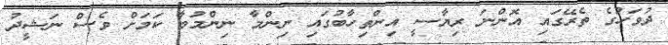
ދުވަހުގެ ތެރޭގައި އޮންނަ ރިޔާސީ އިންތިހާބުގައި ނިންމާ ނިންމުމާ ކަމަށް ވެސް ނަޝީދު